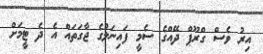
އިރު ވެސް ގްރޫޕް ދޭއްގެ ސެމީ ފައިނަލުގެ ޖާގަތައް އެ ދެ ޓީމަށް